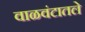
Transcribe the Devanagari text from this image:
वाळवंटातले